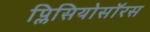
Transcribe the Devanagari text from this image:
प्लिसियोसॉरस